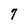
Character: 7